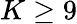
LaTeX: K\ge 9